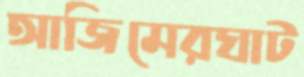
আজিমেরঘাট